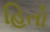
હિતો